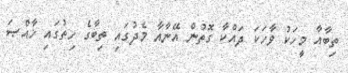
ތިބާއާ މީހަކު ވާހަކަ ދައްކާ ގޮތުން އޭނާއާ މެދުގައި ތިބާގެ ހިތުގައި ޚާއްޞަ